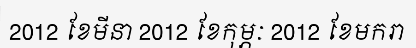
2012 ខែមីនា 2012 ខែកុម្ភៈ 2012 ខែមករា